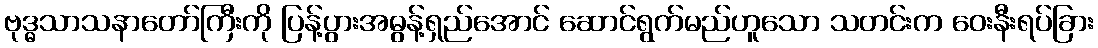
ဗုဒ္ဓသာသနာတော်ကြီးကို ပြန့်ပွားအဓွန့်ရှည်အောင် ဆောင်ရွက်မည်ဟူသော သတင်းက ဝေးနီးရပ်ခြား